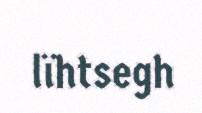
lïhtsegh